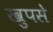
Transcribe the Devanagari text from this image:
खुपसे